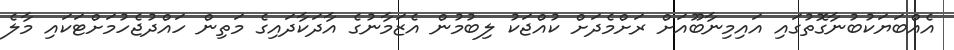
އެއްބަޔަކުބުނާގޮތުގައި އައިމިނާބޫއަށް ރަށްމެދަށް ކުއްޖަކު ލިބުމުން އެޒަމާނުގެ އާދަކާދައިގެ މަތިން ހައްދުޖެހުމަށްޓަކައި މާލެ